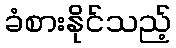
ခံစားနိုင်သည့်